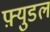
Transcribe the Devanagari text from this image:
फ़्युडल